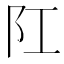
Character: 𨸖